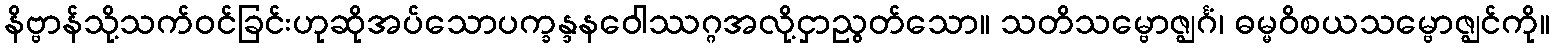
နိဗ္ဗာန်သို့သက်ဝင်ခြင်းဟုဆိုအပ်သောပက္ခန္ဒနဝေါဿဂ္ဂအလို့ငှာညွတ်သော။ သတိသမ္ဗောဇ္ဈင်္ဂံ၊ ဓမ္မဝိစယသမ္ဗောဇ္ဈင်ကို။